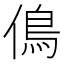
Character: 𠌵